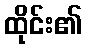
ထိုင်း၏